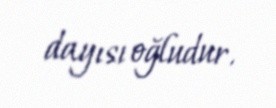
dayısı oğludur.